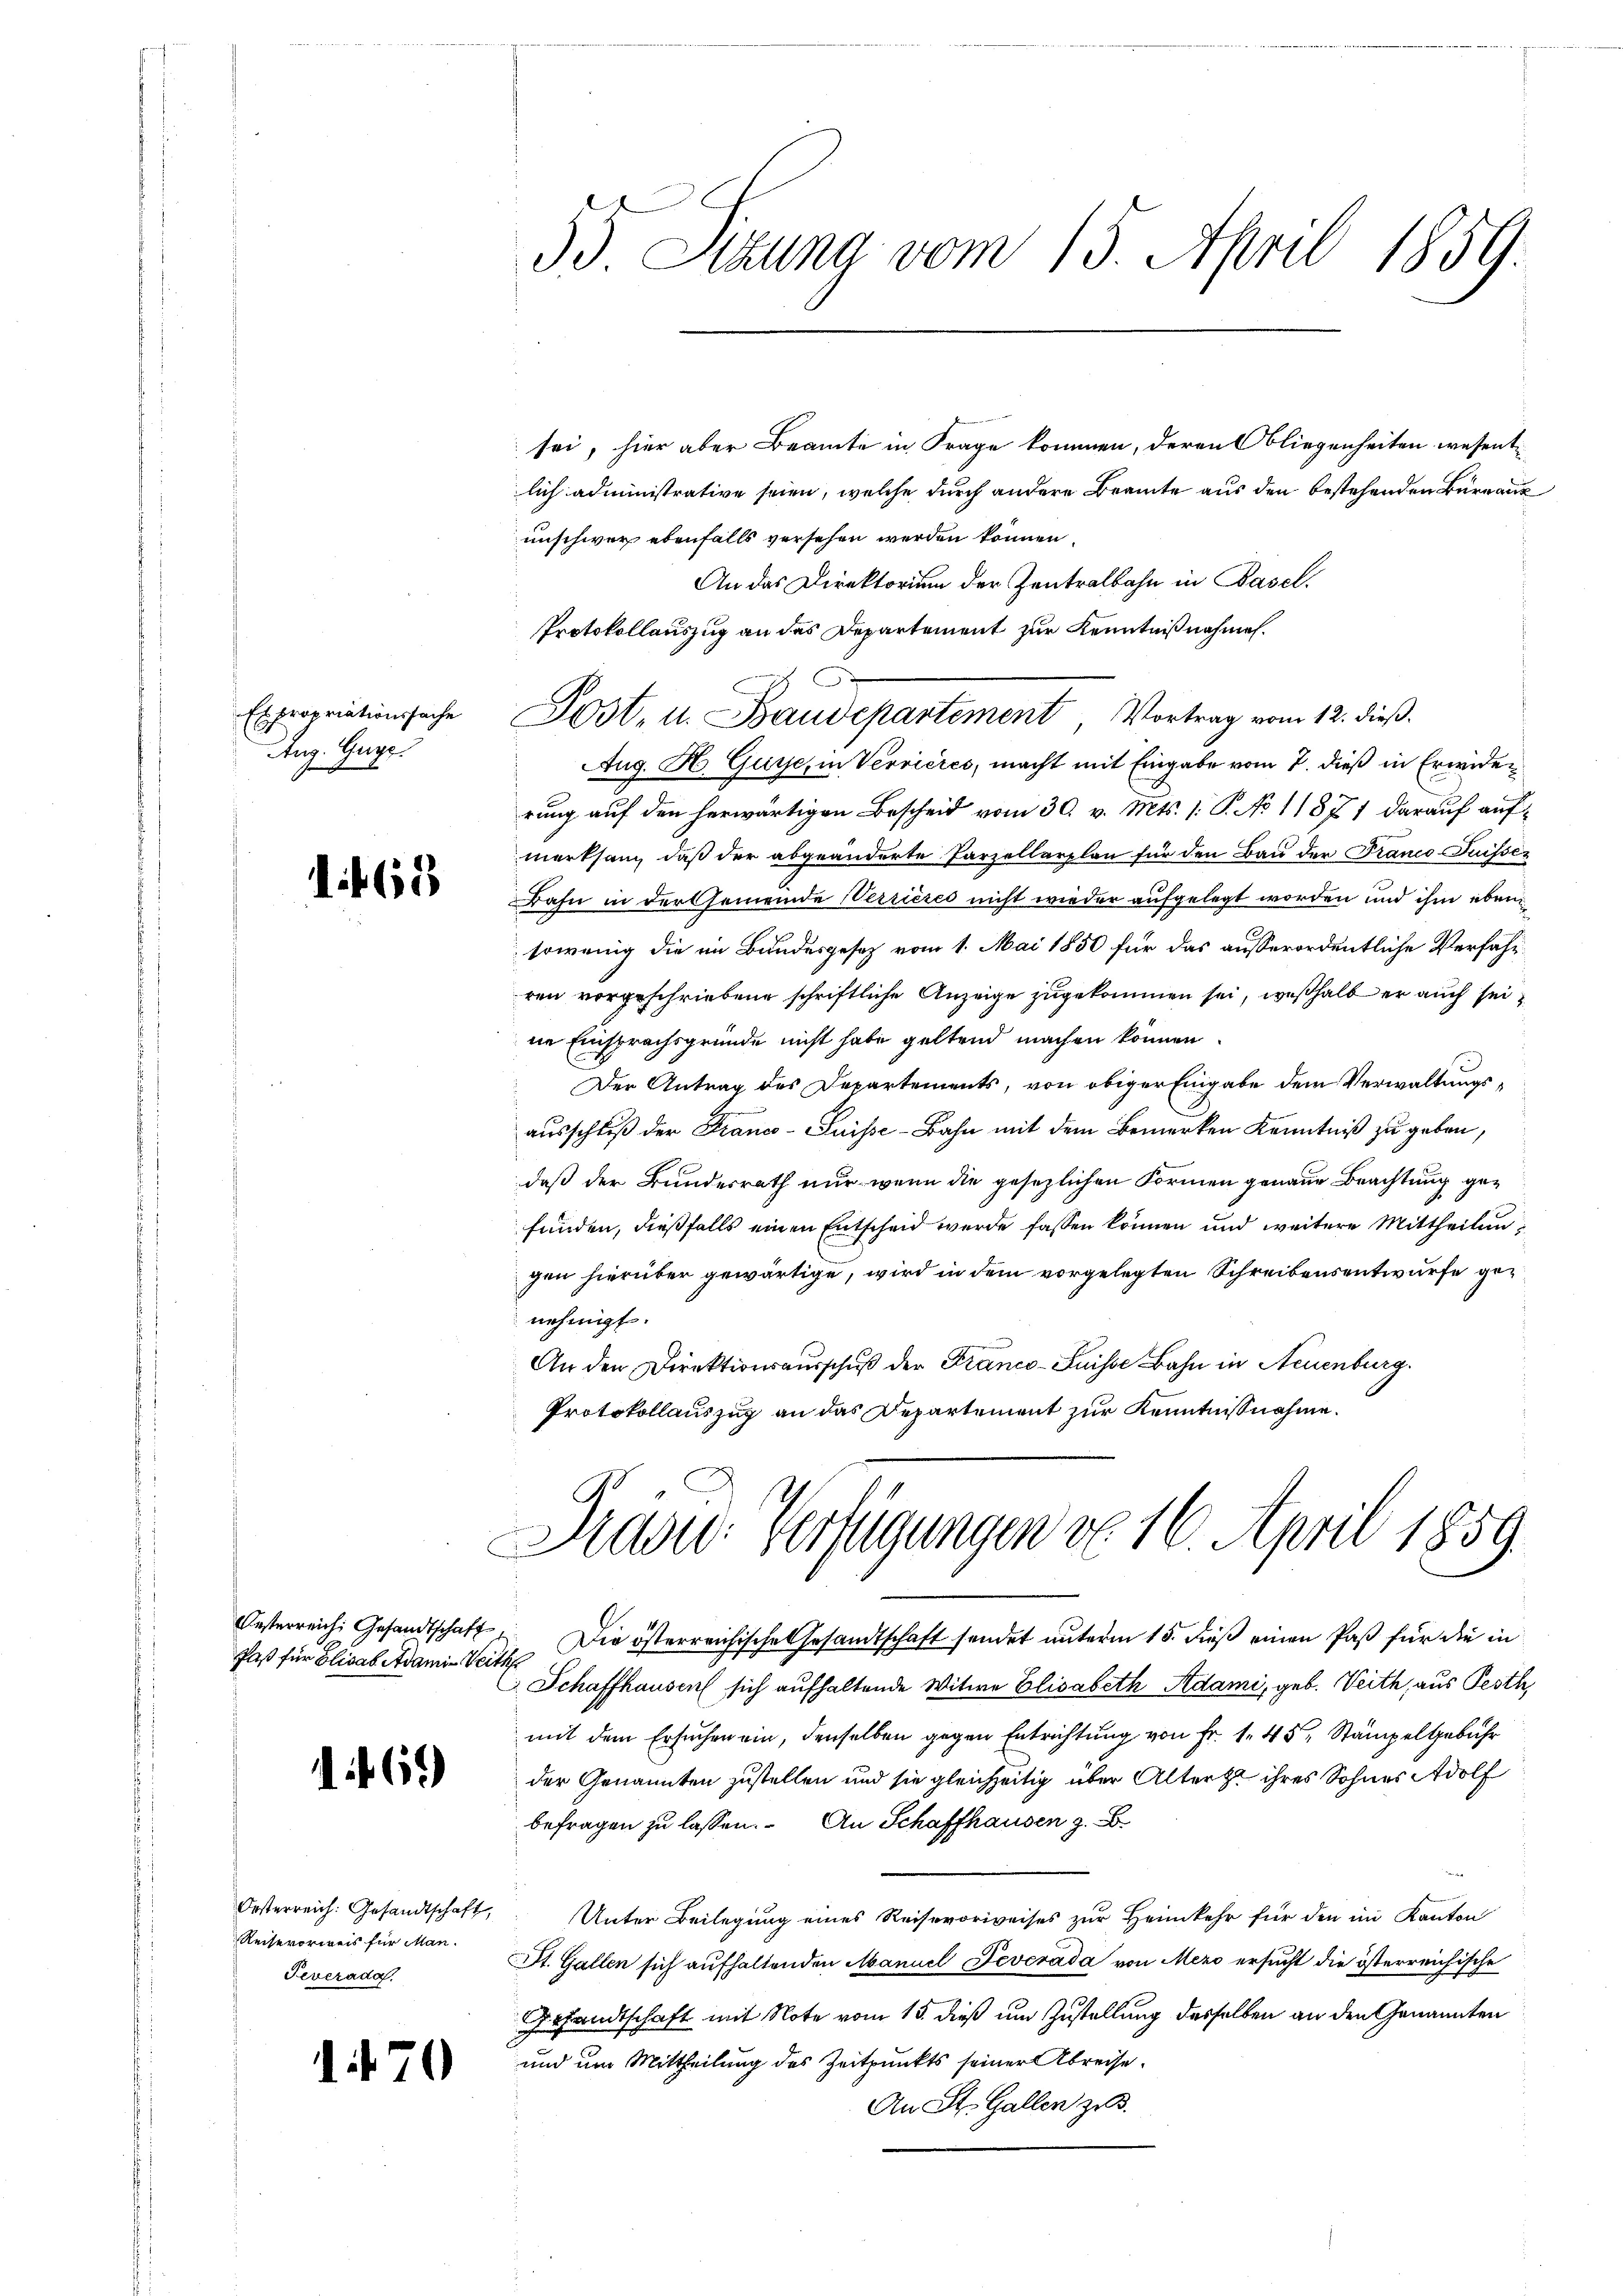
Es propriationssache
Anz. Gege

it 68

Oesterreich, Gesandtschaft
Paß für Elisab Adamit Weithe

1469)

Oesterreich: Gesandtschaft,
Reise vorweis für Man
Severade.

1. 470

33 Etzung vom 13. April 1859.

sei, hier aber Beamte in Frage kommen, deren Obliegenheiten wesentlich administrative seien, welche durch andere Beamte aus den bestehenden Büreauk
unschwer ebenfalls versehen werden können
An das Direktorium der Zentralbahn in Basel.
Protokollauszug an das Departement zur Kenntnißnahmen.
Aug. H. Guise, in Verrieres, macht mit Eingabe vom 7. dieß in Erwider
rung auf den herwärtigen Bescheid vom 30. v. Mts. 1. P. No 11877 darauf aufmerksam, daß der abgeänderte Parzellarplan für den Bau der Franco- Puisser
Bahn in der Gemeinde Verrieres nicht wieder aufgelegt worden und ihm eben¬
6
sowenig die im Bundesgesetz vom 1. Mai 1850 für das ausserordentliche Verfahrren vorgeschriebene schriftliche Anzeige zugekommen sei, weßhalb er auch sei
ne Einsprachsgründe nicht habe geltend machen können.
Der Antrag des Departements, von obiger Eingabe dem Verwaltungsausschluß der Franco- Suisse-Bahn mit dem Bemerken Kenntniß zu geben,
daß der Bundesrath nur wenn die gesezlichen Formen genaue Brachtung gefunden, dießfalls einen Entscheid werde fassen können und weitere Mittheilungen hierüber gewärtige, wird in dem vorgelegten Schreibensentwurfe genehmigt.
An den Direktionsausschuß der Franco-Suisse Bahn in Neuenburg.
Protokollauszug an das Departement zur Kenntnißnahme.

Präsid. Verfügungen von 16. April 1859.

Post- u. Baudepartement Vortrag vom 12. dieß.

Die österreichische Gesandtschaft sendet unterm 15. dieß einen Paß für die in
Schaffhausen sich aufhaltende Witwe Elisabeth Adami, geb. Veith, aus Pesth
mit dem Ersuchen ein, denselben gegen Entrichtung von Fr. 1. 45, Stämpelgebühr
der Genannten zustellen und sie gleichzeitig über Alterst ihres Sohnes Adolf
befragen zu lassen. An Schaffhausen z. B.
Unter Beilegung eines Reisevorweises zur Heimkehr für den im Kanton
St. Gallen sich aufhaltenden Manuel Pevcrada von Mero ersucht die österreichische
Gesandtschaft mit Note vom 15. dieß um Zustellung desselben an den Genannten
und um Mittheilung des Zeitpunkts seiner Abreise¬
An St. Gallen z. B.